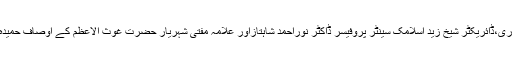
علامہ حمزہ علی قادری،پروفیسر ڈاکٹر محمد احمد قادری،ڈائریکٹر شیخ زید اسلامک سینٹر پروفیسر ڈاکٹر نوراحمد شاہتازاور علامہ مفتی شہریار حضرت غوث الاعظم کے اوصاف حمیدہ اور رشد وہدایت اورخدمات پر مقالات پیش کرینگے۔